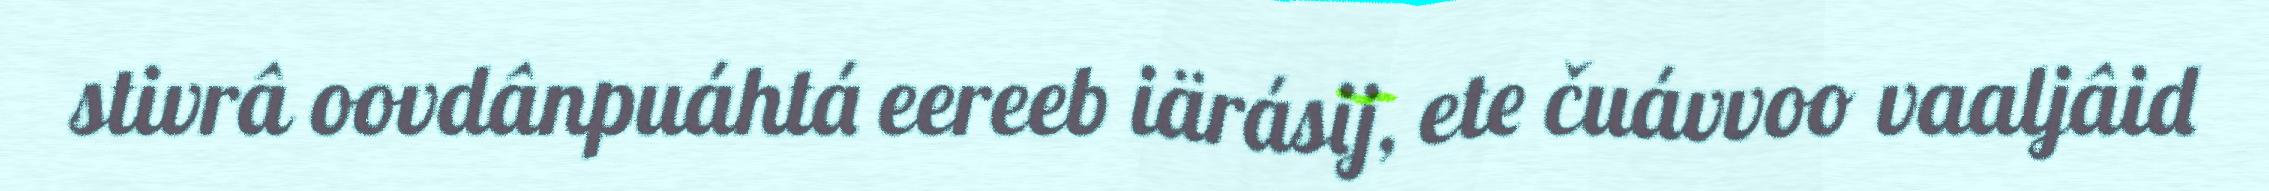
stivrâ oovdânpuáhtá eereeb iärásij, ete čuávvoo vaaljâid